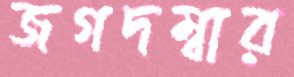
জগদম্বার